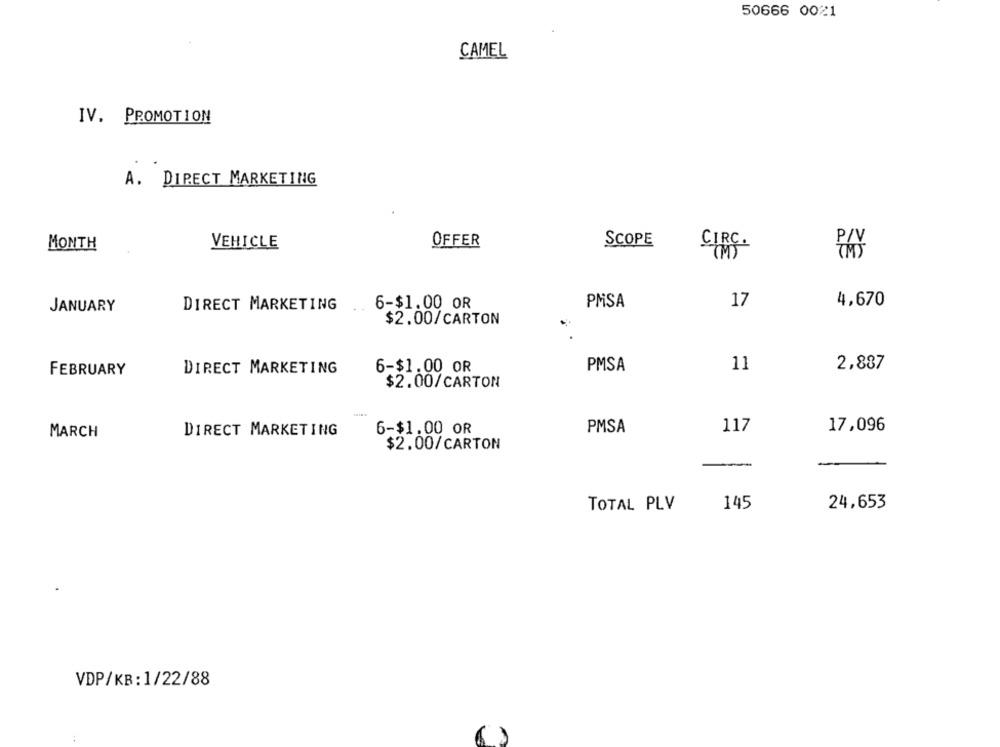
50666 0021
CAMEL
IV. PROMOTION
A.
DIRECT MARKETING
MONTH
VEHICLE
OFFER
SCOPE
CIRC .
P/V
(M)
DIRECT MARKETING
6-$1.00 OR
PMSA
17
4,670
JANUARY
$2.00/CARTON
PMSA
11
2,887
FEBRUARY
DIRECT MARKETING
6-$1.00 OR
$2.00/CARTON
DIRECT MARKETING
6-$1.00 OR
PMSA
117
17,096
MARCH
$2.00/CARTON
-
-
-
TOTAL PLV
145
24,653
VDP/KB:1/22/88
: